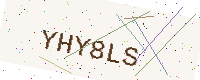
Text: YHY8LS